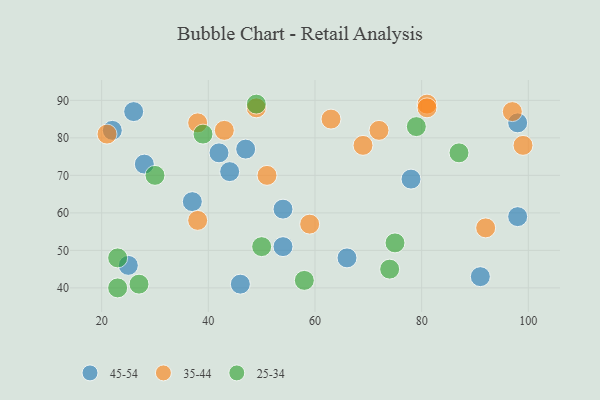
{"axis": {"x": "GDP", "y": "Life Expectancy"}, "legend": ["25-34", "35-44", "45-54"], "data": [{"x": "37", "y": 63, "type": "45-54"}, {"x": "42", "y": 76, "type": "45-54"}, {"x": "54", "y": 61, "type": "45-54"}, {"x": "66", "y": 48, "type": "45-54"}, {"x": "78", "y": 69, "type": "45-54"}, {"x": "44", "y": 71, "type": "45-54"}, {"x": "25", "y": 46, "type": "45-54"}, {"x": "98", "y": 84, "type": "45-54"}, {"x": "22", "y": 82, "type": "45-54"}, {"x": "47", "y": 77, "type": "45-54"}, {"x": "98", "y": 59, "type": "45-54"}, {"x": "28", "y": 73, "type": "45-54"}, {"x": "26", "y": 87, "type": "45-54"}, {"x": "54", "y": 51, "type": "45-54"}, {"x": "91", "y": 43, "type": "45-54"}, {"x": "46", "y": 41, "type": "45-54"}, {"x": "49", "y": 88, "type": "35-44"}, {"x": "38", "y": 84, "type": "35-44"}, {"x": "38", "y": 58, "type": "35-44"}, {"x": "63", "y": 85, "type": "35-44"}, {"x": "43", "y": 82, "type": "35-44"}, {"x": "81", "y": 89, "type": "35-44"}, {"x": "51", "y": 70, "type": "35-44"}, {"x": "72", "y": 82, "type": "35-44"}, {"x": "99", "y": 78, "type": "35-44"}, {"x": "59", "y": 57, "type": "35-44"}, {"x": "21", "y": 81, "type": "35-44"}, {"x": "69", "y": 78, "type": "35-44"}, {"x": "81", "y": 88, "type": "35-44"}, {"x": "92", "y": 56, "type": "35-44"}, {"x": "97", "y": 87, "type": "35-44"}, {"x": "87", "y": 76, "type": "25-34"}, {"x": "23", "y": 40, "type": "25-34"}, {"x": "30", "y": 70, "type": "25-34"}, {"x": "39", "y": 81, "type": "25-34"}, {"x": "49", "y": 89, "type": "25-34"}, {"x": "23", "y": 48, "type": "25-34"}, {"x": "50", "y": 51, "type": "25-34"}, {"x": "27", "y": 41, "type": "25-34"}, {"x": "75", "y": 52, "type": "25-34"}, {"x": "58", "y": 42, "type": "25-34"}, {"x": "74", "y": 45, "type": "25-34"}, {"x": "79", "y": 83, "type": "25-34"}]}